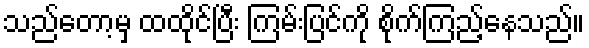
သည်တော့မှ ထထိုင်ပြီး ကြမ်းပြင်ကို စိုက်ကြည့်နေသည်။